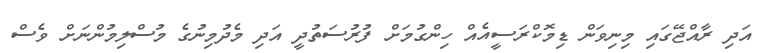
އަދި ރާއްޖޭގައި މިނިވަން ޑިމޮކްރަސީއެއް ހިންގުމަށް ފުރުސަތުދީ އަދި މެދުމިނުގެ މުސްލިމުންނަށް ވެސް